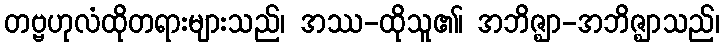
တဗ္ဗဟုလံထိုတရားများသည်၊ အဿ-ထိုသူ၏၊ အဘိဇ္ဈာ-အဘိဇ္ဈာသည်၊